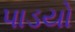
પાડયો